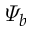
\varPsi _ { b }